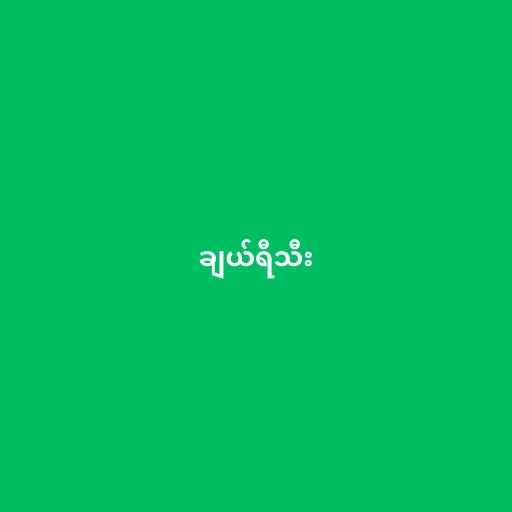
ချယ်ရီသီး